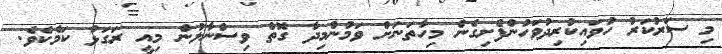
މި ސަރުކަރު ހުވައިކުރިދުވަހުންފެށިގެން މިހާތަނަށް ވަމުންމިދާ ގޮތް ވިސްނާލުން މިއީ ރަގަޅު ކަމެކެވެ.